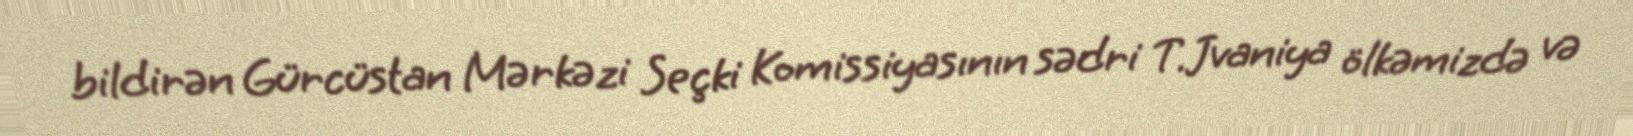
bildirən Gürcüstan Mərkəzi Seçki Komissiyasının sədri T.Jvaniya ölkəmizdə və